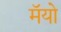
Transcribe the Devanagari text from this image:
मॅयो